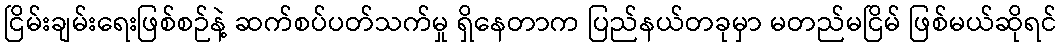
ငြိမ်းချမ်းရေးဖြစ်စဉ်နဲ့ ဆက်စပ်ပတ်သက်မှု ရှိနေတာက ပြည်နယ်တခုမှာ မတည်မငြိမ် ဖြစ်မယ်ဆိုရင်